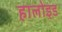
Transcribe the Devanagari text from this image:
हालोइड